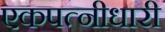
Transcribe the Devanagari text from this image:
एकपत्नीधारी